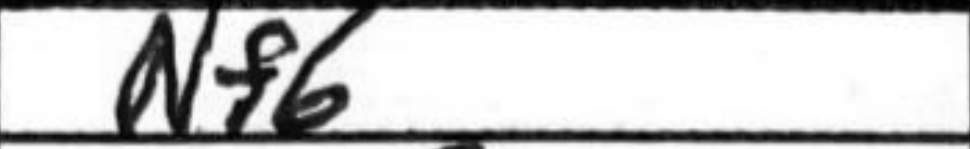
Transcription: Nf6